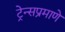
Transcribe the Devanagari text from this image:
ट्रेन्सप्रमाणे